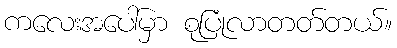
ကလေးအပေါ်မှာ စုပြုံလာတတ်တယ်။